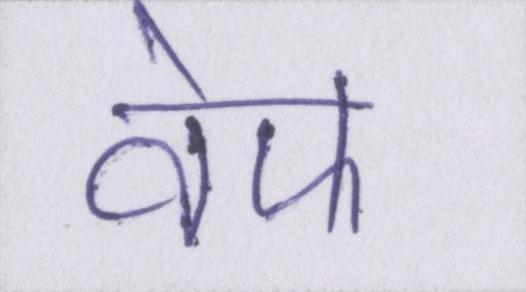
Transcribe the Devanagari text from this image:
वेफ